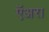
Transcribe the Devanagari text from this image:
ऍअरा